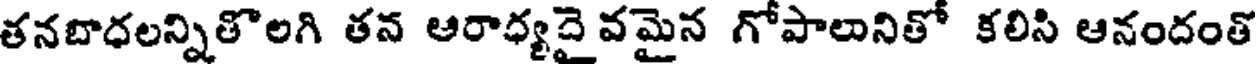
తనబాధలన్నితొలగి తన ఆరాధ్యదై వమైన గోపాలునితో కలిసి ఆనందంతో